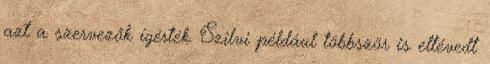
azt a szervezők ígérték. Szilvi például többször is eltévedt